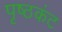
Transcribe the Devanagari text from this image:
पृष्ठकंट